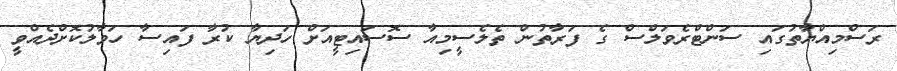
ރަސްމިއްޔާތުގައި ސަންޓްރެވަލްސް ގެ ފަރާތުން ތެލެސީމިއާ ސޮސައިޓީއަށް ހަދިޔާ ކުރާ ފައިސާ ހަވާލުކޮށްދެއްވީ